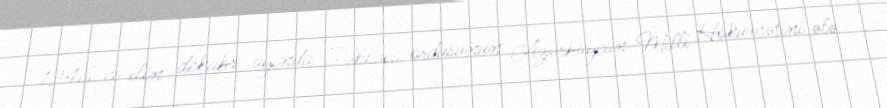
1946-cı ilin dekabr ayında Pəhləvi ordusunun Azərbaycan Milli Hökumətini ələ